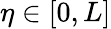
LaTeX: \eta\in[0,L]